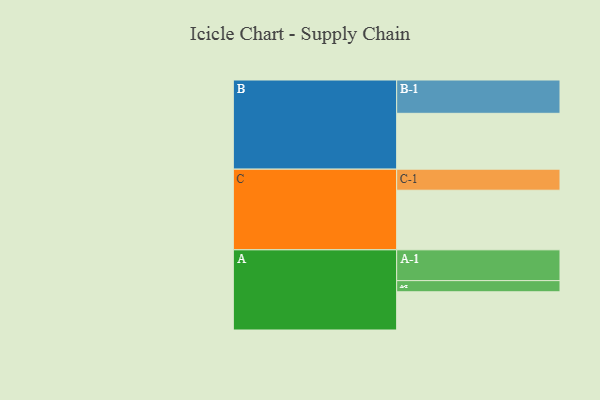
{"axis": {"x": "Segment", "y": "Value"}, "legend": ["", "A", "B", "C"], "data": [{"x": "A", "y": 336, "type": ""}, {"x": "B", "y": 491, "type": ""}, {"x": "C", "y": 524, "type": ""}, {"x": "A-1", "y": 271, "type": "A"}, {"x": "A-2", "y": 98, "type": "A"}, {"x": "B-1", "y": 293, "type": "B"}, {"x": "C-1", "y": 185, "type": "C"}]}